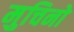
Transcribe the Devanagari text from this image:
मुचिनो